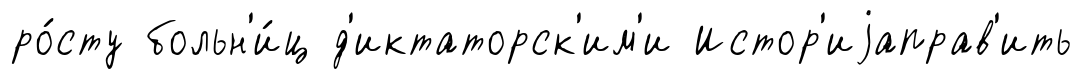
ро́сту больн'и́ц д'иктаторск'им'и Истор'иjаправ'ить